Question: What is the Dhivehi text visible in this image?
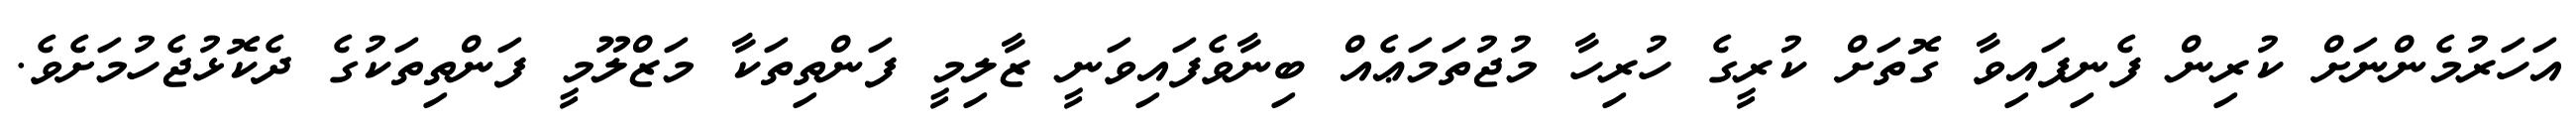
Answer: އަހަރުމެންނަށް ކުރިން ފެނިފައިވާ ގޮތަށް ކުރީގެ ހުރިހާ މުޖުތަމަޢެއް ބިނާވެފައިވަނީ ޒާލިމީ ފަންތިތަކާ މަޒްލޫމީ ފަންތިތަކުގެ ދެކޮޅުޖެހުމަށެވެ.